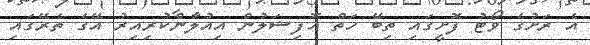
އެ ރަށުގެ ވޯޓު ފޮށީގައި ތިބޭ ހަތް އޮފިޝަލުން އިއުލާންކުރިއިރު އޭގެ ތެރޭގައި